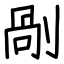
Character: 剮